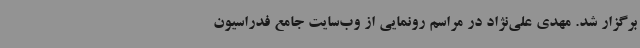
برگزار شد. مهدی علی‌نژاد در مراسم رونمایی از وب‌سایت جامع فدراسیون